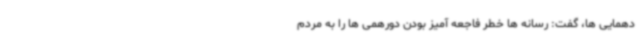
دهمایی ها، گفت: رسانه ها خطر فاجعه آمیز بودن دورهمی ها را به مردم